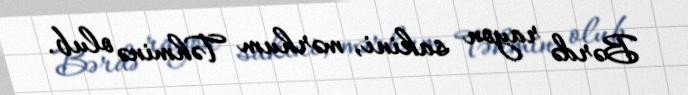
Bərdə rayon sakini, mərhum Təhminə olub.